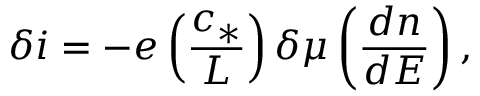
\delta i = - e \left( \frac { c _ { * } } { L } \right) \delta \mu \left( \frac { d n } { d E } \right) ,